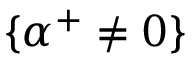
\{ \alpha ^ { + } \neq 0 \}